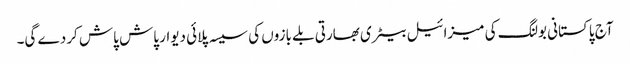
آج پاکستانی بولنگ کی میزائیل بیٹری بھارتی بلے بازوں کی سیسہ پلائی دیوار پاش پاش کردے گی۔